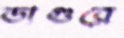
ডাগুরে